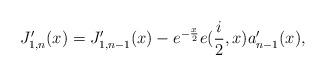
LaTeX: \begin{align*}J_{1,n}^{\prime}(x)=J_{1,n-1}^{\prime}(x)-e^{-\frac{x}{2}}e(\frac{i}{2},x)a_{n-1}^{\prime}(x), \end{align*}